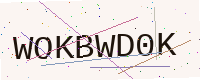
Text: WOKBWD0K